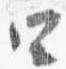
四